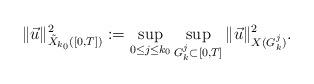
LaTeX: \begin{align*}\|\vec{u}\|^2_{\tilde{X}_{k_0}([0,T])}:=\sup_{0\leq j\leq k_0}\sup_{G_k^{j}\subset[0,T]}\|\vec{u}\|^2_{X(G_k^{j})}.\end{align*}